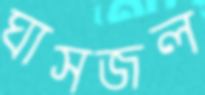
ঘাসজল